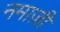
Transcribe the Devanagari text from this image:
नमाज़ी